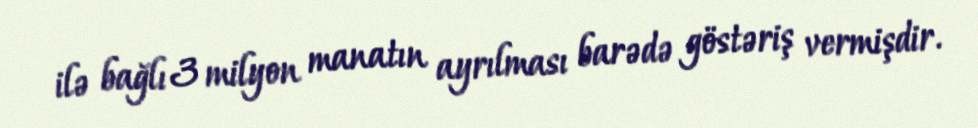
ilə bağlı 3 milyon manatın ayrılması barədə göstəriş vermişdir.